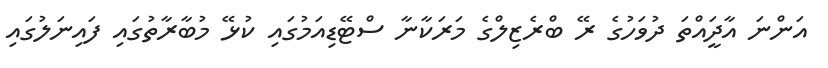
އަންނަ އާދީައްތަ ދުވަހުގެ ރޭ ބްރެޒިލްގެ މަރަކާނާ ސްޓޭޑިއަމުގައި ކުޅޭ މުބާރާތުގައި ފައިނަލުގައި